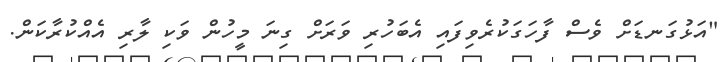
"އަޅުގަނޑަށް ވެސް ފާހަގަކުރެވިފައި އެބަހުރި ވަރަށް ގިނަ މީހުން ވަކި ލާރި އެއްކުރާކަން.